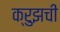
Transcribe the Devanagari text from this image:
क्रुझची